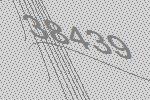
38439